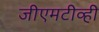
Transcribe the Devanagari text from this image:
जीएमटीव्ही